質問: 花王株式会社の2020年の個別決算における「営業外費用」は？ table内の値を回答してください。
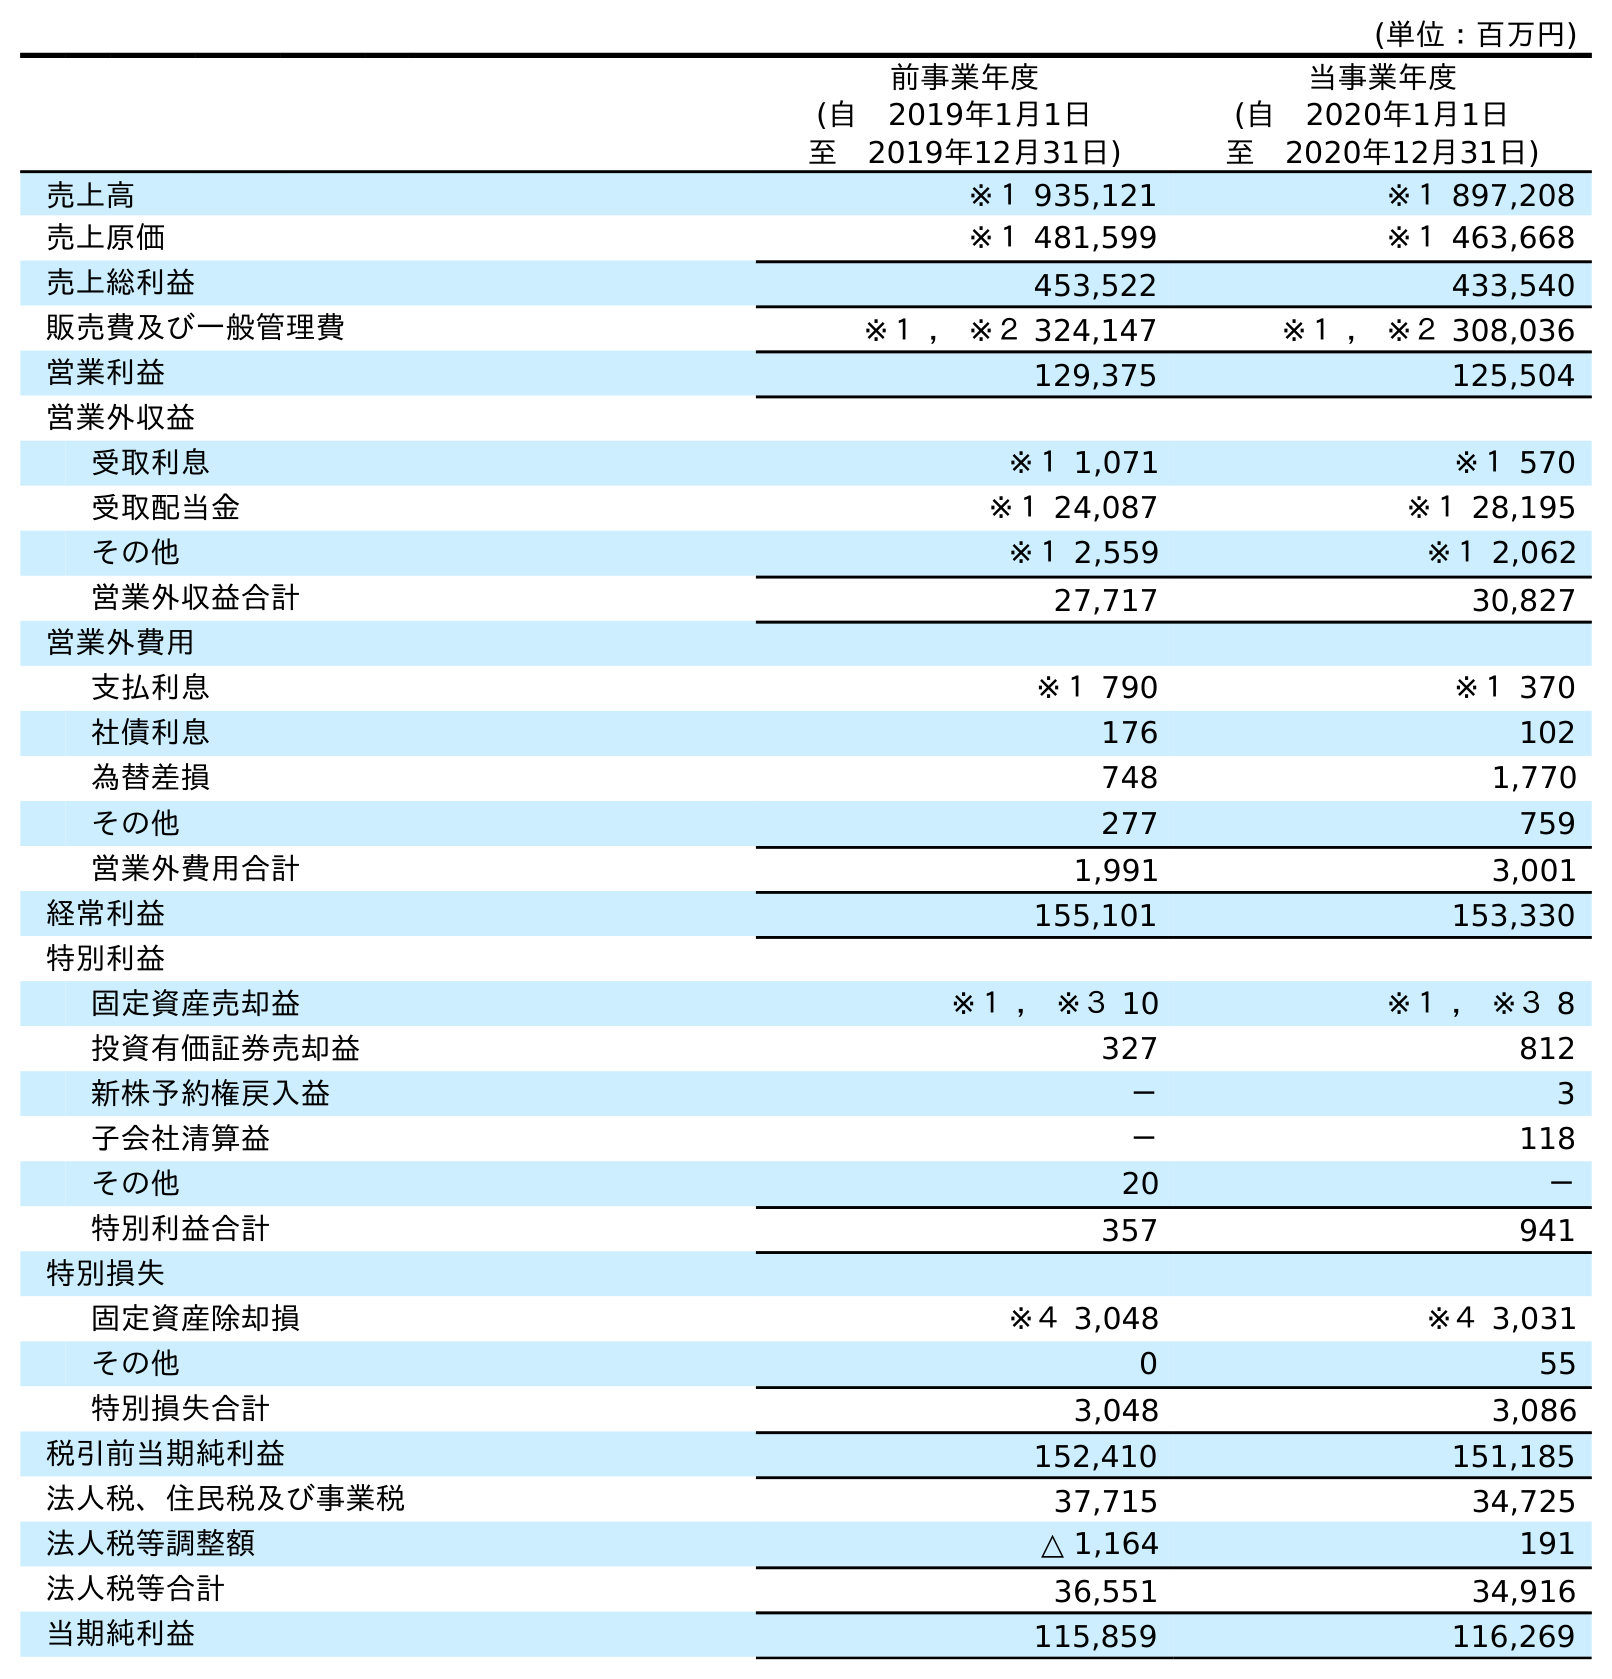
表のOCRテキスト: (単位：百万円) 前事業年度 (自 2019年1月1日 至 2019年12月31日) 当事業年度 (自 2020年1月1日 至 2020年12月31日) 売上高 ※１ 935,121 ※１ 897,208 売上原価 ※１ 481,599 ※１ 463,668 売上総利益 453,522 433,540 販売費及び一般管理費 ※１ ， ※２ 324,147 ※１ ， ※２ 308,036 営業利益 129,375 125,504 営業外収益 受取利息 ※１ 1,071 ※１ 570 受取配当金 ※１ 24,087 ※１ 28,195 その他 ※１ 2,559 ※１ 2,062 営業外収益合計 27,717 30,827 営業外費用 支払利息 ※１ 790 ※１ 370 社債利息 176 102 為替差損 748 1,770 その他 277 759 営業外費用合計 1,991 3,001 経常利益 155,101 153,330 特別利益 固定資産売却益 ※１ ， ※３ 10 ※１ ， ※３ 8 投資有価証券売却益 327 812 新株予約権戻入益 － 3 子会社清算益 － 118 その他 20 － 特別利益合計 357 941 特別損失 固定資産除却損 ※４ 3,048 ※４ 3,031 その他 0 55 特別損失合計 3,048 3,086 税引前当期純利益 152,410 151,185 法人税、住民税及び事業税 37,715 34,725 法人税等調整額 △ 1,164 191 法人税等合計 36,551 34,916 当期純利益 115,859 116,269
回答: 3,001